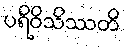
ပရိဝိသိဿတိ